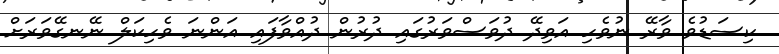
ކިސަޑުވެ ވާރޭ ނުވެހި އަވިދޭ ދުވަސްވަރުގައި ދުރުން ދުއްވާފައި އަންނަ ވެހިކަލް ނޭނގޭވަރަށް